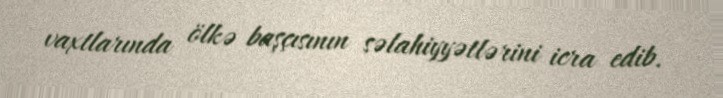
vaxtlarında ölkə başçısının səlahiyyətlərini icra edib.